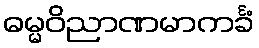
ဓမ္မဝိညာဏမာကင်္ခံ